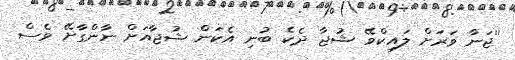
''ޖަނާ ވަރަށް ލައިކްވޭ ޝުޖާ ދެކެ ބުނި އެކަން ޝުޖާއަށް ނާންގާށޭ ވެސް